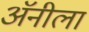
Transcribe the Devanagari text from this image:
अॅनीला